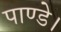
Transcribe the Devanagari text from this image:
पाण्डे।